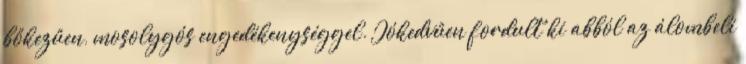
bőkezűen, mosolygós engedékenységgel. Jókedvűen fordult ki abból az álombeli